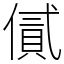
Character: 㒃